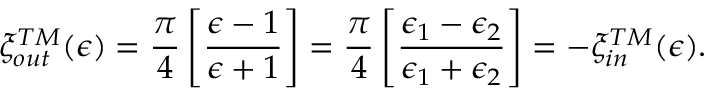
\xi _ { \small o u t } ^ { \small T M } ( \epsilon ) = { \frac { \pi } { 4 } } \left[ { \frac { \epsilon - 1 } { \epsilon + 1 } } \right] = { \frac { \pi } { 4 } } \left[ { \frac { \epsilon _ { 1 } - \epsilon _ { 2 } } { \epsilon _ { 1 } + \epsilon _ { 2 } } } \right] = - \xi _ { \small i n } ^ { \small T M } ( \epsilon ) .